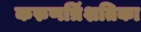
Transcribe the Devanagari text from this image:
करुणत्रिंशतिका